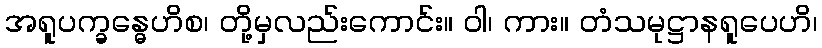
အရူပက္ခန္ဓေဟိစ၊ တို့မှလည်းကောင်း။ ဝါ၊ ကား။ တံသမုဋ္ဌာနရူပေဟိ၊